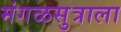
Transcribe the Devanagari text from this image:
मंगळसुत्राला